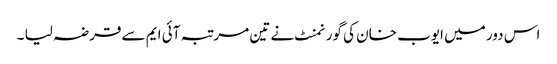
اس دور میں ایوب خان کی گورنمنٹ نے تین مرتبہ آئی ایم سے قرضہ لیا ۔